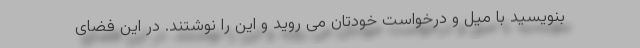
بنویسید با میل و درخواست خودتان می روید و این را نوشتند. در این فضای